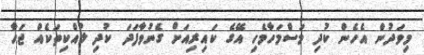
މިވަދުން އެހެން ކުދި މަސްމަހާމެހި އޭގެ ކައިރިއަށް ގެނުވާފަދަ ކުދި ލުއްކިތަކެއް ޖަހާ